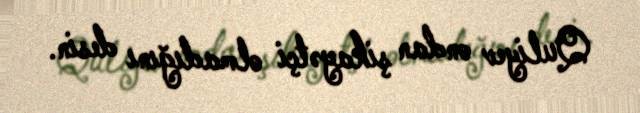
Quliyev ondan şikayətçi olmadığını desin.